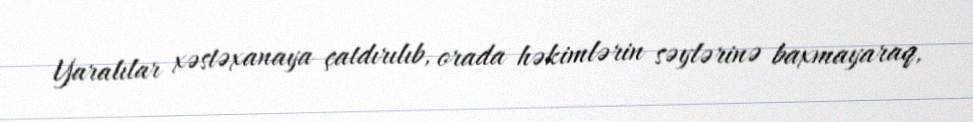
Yaralılar xəstəxanaya çatdırılıb, orada həkimlərin səylərinə baxmayaraq,